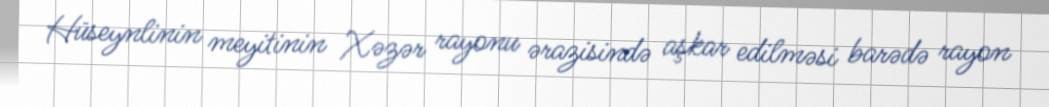
Hüseynlinin meyitinin Xəzər rayonu ərazisində aşkar edilməsi barədə rayon